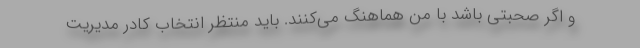
و اگر صحبتی باشد با من هماهنگ می‌کنند. باید منتظر انتخاب کادر مدیریت